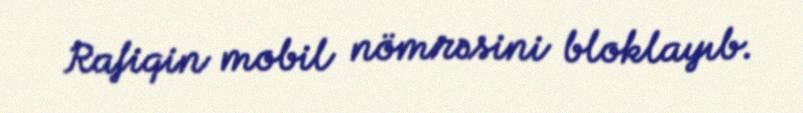
Rafiqin mobil nömrəsini bloklayıb.